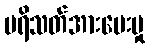
ပရိသတ်အားပေးမှု